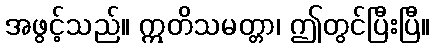
အဖွင့်သည်။ ဣတိသမတ္တာ၊ ဤတွင်ပြီးပြီ။